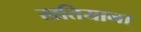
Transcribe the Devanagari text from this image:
खतियाना